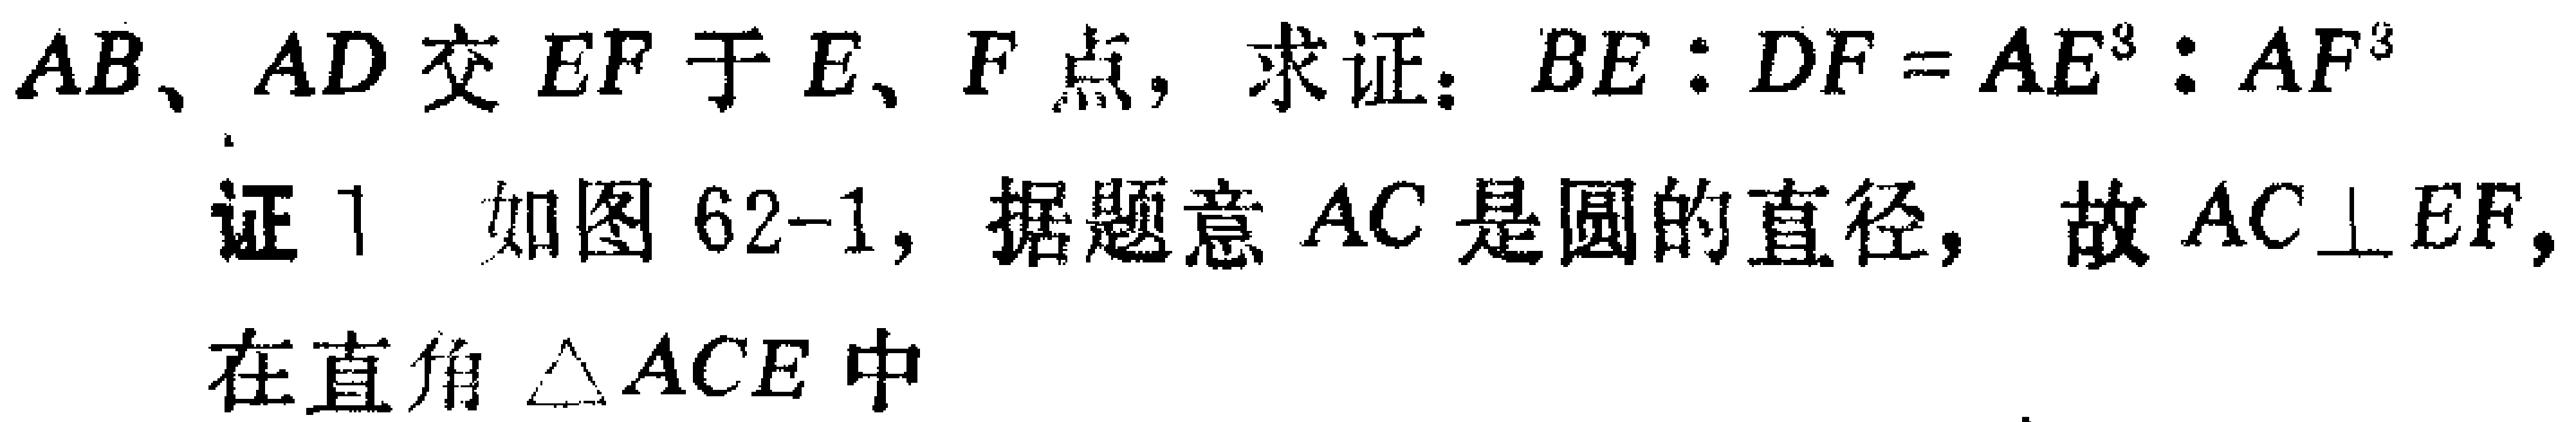
$AB、AD$交$EF$于$E、F$点，求证：$BE:DF = AE^{3}:AF^{3}$
证1 如图62-1，据题意$AC$是圆的直径，故$AC\perp EF,$
在直角$\triangle ACE$中